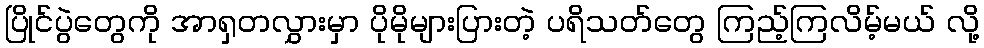
ပြိုင်ပွဲတွေကို အာရှတလွှားမှာ ပိုမိုများပြားတဲ့ ပရိသတ်တွေ ကြည့်ကြလိမ့်မယ် လို့